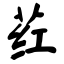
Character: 荭